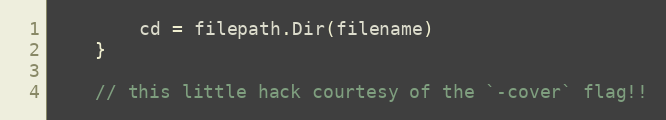
Language: Go
		cd = filepath.Dir(filename)
	}

	// this little hack courtesy of the `-cover` flag!!